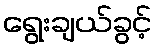
ရွေးချယ်ခွင့်